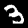
Label: 3